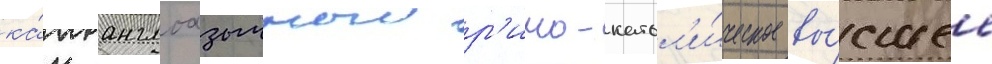
ка́к англоазычныи р'имо-катол'и́ческое вы́сшее